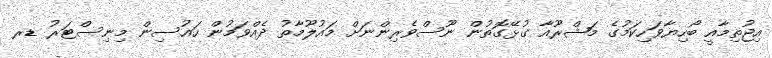
އިޖުތިމާއީ ބޯހިޔާވަހިކަމުގެ މަޝްރޫއާ ގުޅޭގޮތުން ނޫސްވެރިންނަށް މައުލޫމާތު ދެއްވަމުން ހައުސިން މިނިސްޓަރު ޑރ